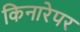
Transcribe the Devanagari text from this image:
किनारेपर